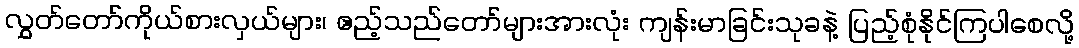
လွှတ်တော်ကိုယ်စားလှယ်များ၊ ဧည့်သည်တော်များအားလုံး ကျန်းမာခြင်းသုခနဲ့ ပြည့်စုံနိုင်ကြပါစေလို့